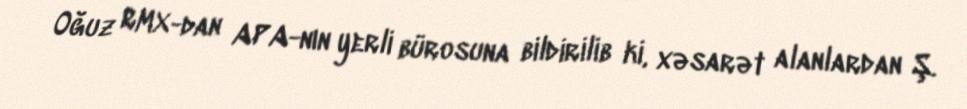
Oğuz RMX-dan APA-nın yerli bürosuna bildirilib ki, xəsarət alanlardan Ş.